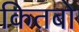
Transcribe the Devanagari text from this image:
कितबो